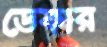
ডেকার